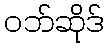
ဝဘ်ဆိုဒ်